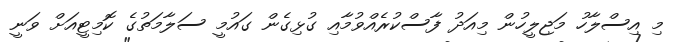
މި އިސްލާހު މަޖިލީހުން މިއަދު ފާސްކުރެއްވުމާއި ގުޅިގެން ގައުމީ ސަލާމަތުގެ ކޮމިޓީއަށް ވަނީ